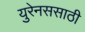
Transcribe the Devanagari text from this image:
युरेनससाठी